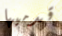
قدميها